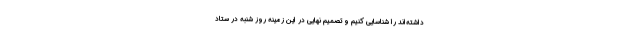
داشته‌اند را شناسایی کنیم و تصمیم نهایی در این زمینه روز شنبه در ستاد